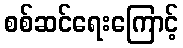
စစ်ဆင်ရေးကြောင့်